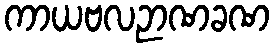
ကာယဗလဉာဏခဏ